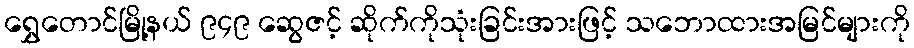
ရွှေတောင်မြို့နယ် ၉၄၉ ဆွေဇင့် ဆိုက်ကိုသုံးခြင်းအားဖြင့် သဘောထားအမြင်များကို